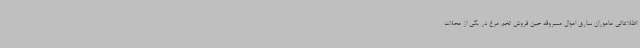
اطلاعاتی ماموران سارق اموال مسروقه حین فروش تخم مرغ در یکی از محلات